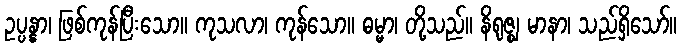
ဥပ္ပန္နာ၊ ဖြစ်ကုန်ပြီးသော။ ကုသလာ၊ ကုန်သော။ ဓမ္မာ၊ တို့သည်။ နိရုဇ္ဈ မာနာ၊ သည်ရှိသော်။